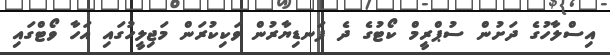
އިސްލާހުގެ ދަށުން ސުޕްރީމް ކޯޓުގެ ދެ ފަނޑިޔާރުން ވަކިކުރަން މަޖިލީހުގައި އަހާ ވޯޓްގައި